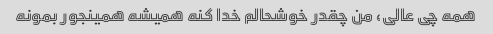
همه چی عالی، من چقدر خوشحالم خدا کنه همیشه همینجور بمونه